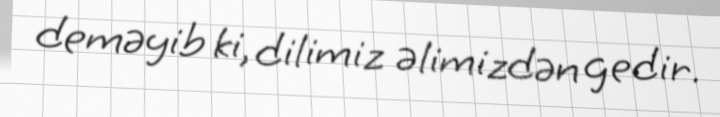
deməyib ki, dilimiz əlimizdən gedir.